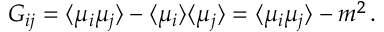
G _ { i j } = \langle \mu _ { i } \mu _ { j } \rangle - \langle \mu _ { i } \rangle \langle \mu _ { j } \rangle = \langle \mu _ { i } \mu _ { j } \rangle - m ^ { 2 } \, .